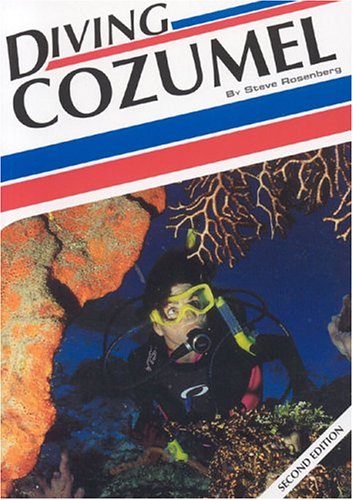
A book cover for Diving Cozumel (Aqua Quest Diving); Steve Rosenberg; Travel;